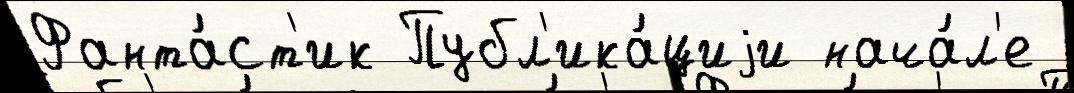
Фанта́ст'ик Публ'ика́циjи нача́л'е